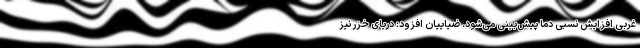
غربی افزایش نسبی دما پیش‌بینی می‌شود. ضیاییان افزود: دریای‌ خزر نیز